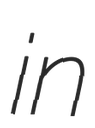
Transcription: in